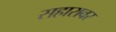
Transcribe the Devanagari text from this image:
सहारावर